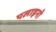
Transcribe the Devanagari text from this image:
पलाइनो